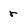
Character: r